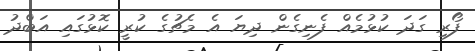
ފޯރި ގަދަ ކުޅުމެއް ފެނިގެން ދިޔަ އެ މެޗުގެ ކުރީ ކޮޅުގައި އަބްދު